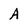
Character: A